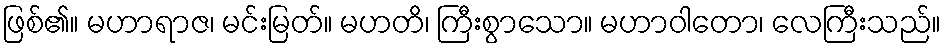
ဖြစ်၏။ မဟာရာဇ၊ မင်းမြတ်။ မဟတိ၊ ကြီးစွာသော။ မဟာဝါတော၊ လေကြီးသည်။